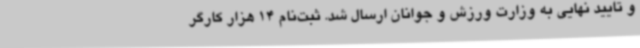
و تایید نهایی به وزارت ورزش و جوانان ارسال شد. ثبت‌نام 14 هزار کارگر